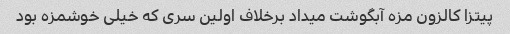
پیتزا کالزون مزه آبگوشت میداد برخلاف اولین سری که خیلی خوشمزه بود